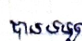
បានទទួល